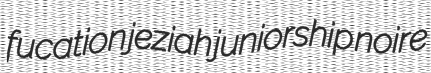
fucation jeziah juniorship noire